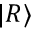
| R \rangle